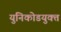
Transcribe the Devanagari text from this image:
युनिकोडयुक्त